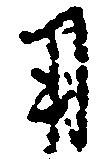
用